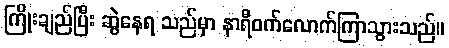
ကြိုးချည်ပြီး ဆွဲနေရ သည်မှာ နာရီဝက်လောက်ကြာသွားသည်။